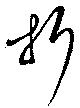
折